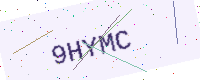
Text: 9HYMC